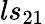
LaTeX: ls_{21}